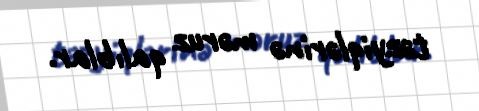
təzyiqlərinə məruz qalıblar.